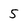
Character: 5